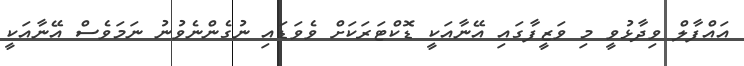
އައްފާލް ވިދާޅުވީ މި ވަޒީފާގައި އޭނާއަކީ ޑޮކްޓަރަކަށް ވެވަޑައި ނުގެންނެވުނު ނަމަވެސް އޭނާއަކީ